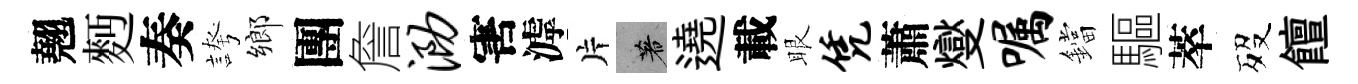
翹麪奏誇鄉團詹泐害滹片著遶載眼凭蕭燮嘱鐺驅萃歿饘